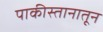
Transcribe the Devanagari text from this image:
पाकीस्तानातून